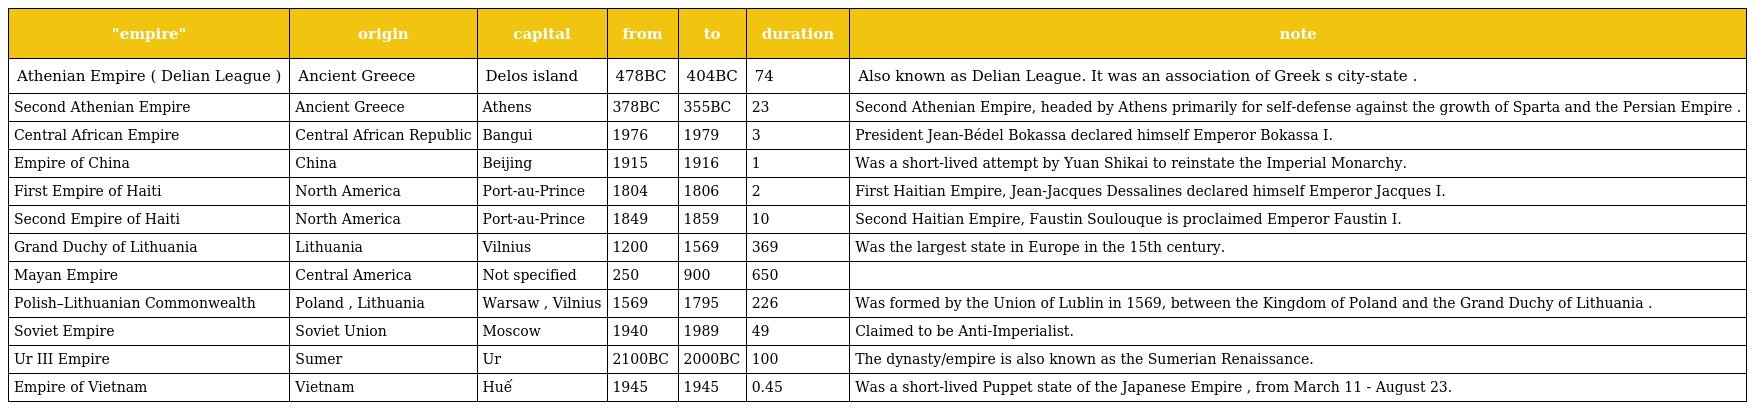
| "empire" | origin | capital | from | to | duration | note |
 | --- | --- | --- | --- | --- | --- | --- |
 | Athenian Empire ( Delian League ) | Ancient Greece | Delos island | 478BC | 404BC | 74 | Also known as Delian League. It was an association of Greek s city-state . |
 | Second Athenian Empire | Ancient Greece | Athens | 378BC | 355BC | 23 | Second Athenian Empire, headed by Athens primarily for self-defense against the growth of Sparta and the Persian Empire . |
 | Central African Empire | Central African Republic | Bangui | 1976 | 1979 | 3 | President Jean-Bédel Bokassa declared himself Emperor Bokassa I. |
 | Empire of China | China | Beijing | 1915 | 1916 | 1 | Was a short-lived attempt by Yuan Shikai to reinstate the Imperial Monarchy. |
 | First Empire of Haiti | North America | Port-au-Prince | 1804 | 1806 | 2 | First Haitian Empire, Jean-Jacques Dessalines declared himself Emperor Jacques I. |
 | Second Empire of Haiti | North America | Port-au-Prince | 1849 | 1859 | 10 | Second Haitian Empire, Faustin Soulouque is proclaimed Emperor Faustin I. |
 | Grand Duchy of Lithuania | Lithuania | Vilnius | 1200 | 1569 | 369 | Was the largest state in Europe in the 15th century. |
 | Mayan Empire | Central America | Not specified | 250 | 900 | 650 |  |
 | Polish–Lithuanian Commonwealth | Poland , Lithuania | Warsaw , Vilnius | 1569 | 1795 | 226 | Was formed by the Union of Lublin in 1569, between the Kingdom of Poland and the Grand Duchy of Lithuania . |
 | Soviet Empire | Soviet Union | Moscow | 1940 | 1989 | 49 | Claimed to be Anti-Imperialist. |
 | Ur III Empire | Sumer | Ur | 2100BC | 2000BC | 100 | The dynasty/empire is also known as the Sumerian Renaissance. |
 | Empire of Vietnam | Vietnam | Huế | 1945 | 1945 | 0.45 | Was a short-lived Puppet state of the Japanese Empire , from March 11 - August 23. |